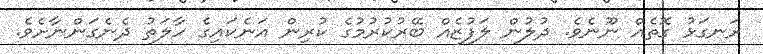
ރަނގަޅު ގޮތެއް ނޫނެވެ. ދުލުން ލަފުޒެއް ބޭރުކުރުމުގެ ކުރިން އަނެކައިގެ ހާލަތު ދެނެގަންނާށެވެ.